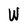
Character: W